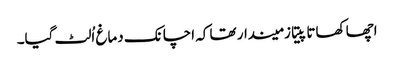
اچھا کھاتا پیتا زمیندار تھا کہ اچانک دماغ اُلٹ گیا۔